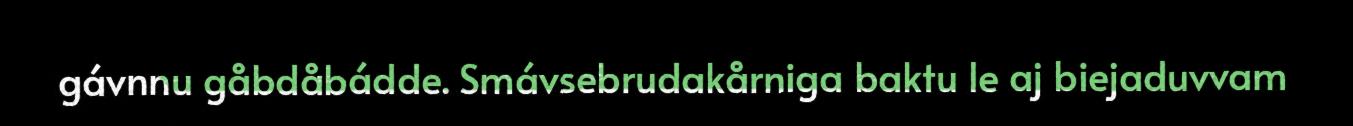
gávnnu gåbdåbádde. Smávsebrudakårniga baktu le aj biejaduvvam